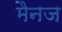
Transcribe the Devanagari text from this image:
मैनज